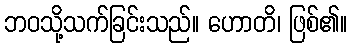
ဘဝသို့သက်ခြင်းသည်။ ဟောတိ၊ ဖြစ်၏။